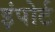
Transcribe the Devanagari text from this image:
इंपोर्ट